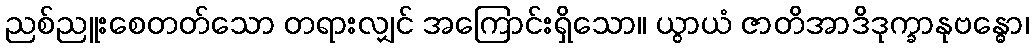
ညစ်ညူးစေတတ်သော တရားလျှင် အကြောင်းရှိသော။ ယွာယံ ဇာတိအာဒိဒုက္ခာနုဗန္ဓော၊